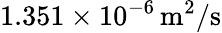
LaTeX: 1.351\times 10^{-6}\, \mathrm{m}^{2}/\mathrm{s}